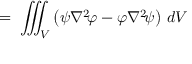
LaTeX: \displaystyle \ = \ \iiint _ { V } \left( \psi \nabla ^ { 2 } \! \varphi - \varphi \nabla ^ { 2 } \! \psi \right) \, d V